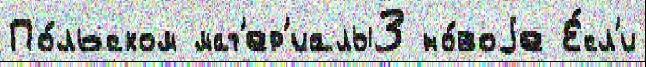
По́льском мат'ер'иалы3 но́воjе Е́сл'и